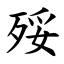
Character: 㱣